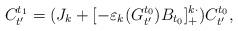
LaTeX: \begin{align*}C_{t'}^{t_1} = (J_k + [-\varepsilon_k(G^{t_0}_{t'})B_{t_0}]^{k\cdot}_+)C^{t_0}_{t'},\end{align*}